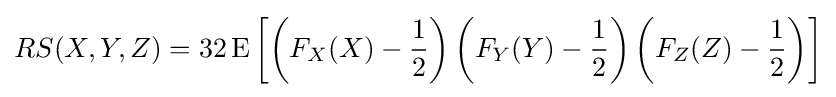
RS(X,Y,Z)=32\operatorname {E} \left[\left(F_{X}(X)-{\frac {1}{2}}\right)\left(F_{Y}(Y)-{\frac {1}{2}}\right)\left(F_{Z}(Z)-{\frac {1}{2}}\right)\right]